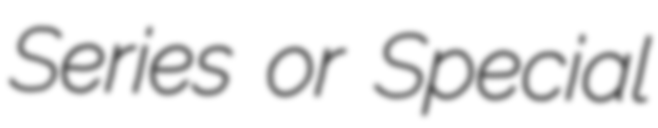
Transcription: Series or Special